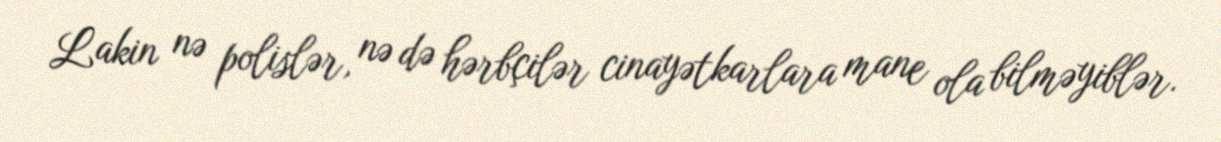
Lakin nə polislər, nə də hərbçilər cinayətkarlara mane ola bilməyiblər.